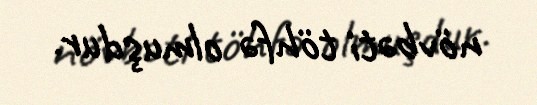
növbəti töhfə olmuşdur.